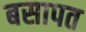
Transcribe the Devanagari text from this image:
बसापत